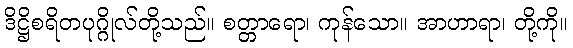
ဒိဋ္ဌိစရိတပုဂ္ဂိုလ်တို့သည်။ စတ္တာရော၊ ကုန်သော။ အာဟာရာ၊ တို့ကို။